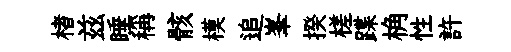
楮兹睡稱骸模追峯揆槎蹀桷性許